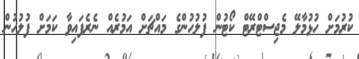
ކުރުމަށް ހުޅުމާލޭ މެޖިސްޓްރޭޓް ކޯޓުން ފުލުހުންގެ މައްޗަށް އަމުރެއް ނެރެފައިވާ ކަމަށް ފުލުހުން